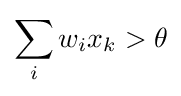
\sum _{i}w_{i}x_{k}>\theta